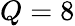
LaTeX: Q=8